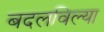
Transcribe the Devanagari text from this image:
बदलविल्या